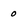
Character: 0